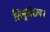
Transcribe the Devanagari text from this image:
सिमुलेशन।